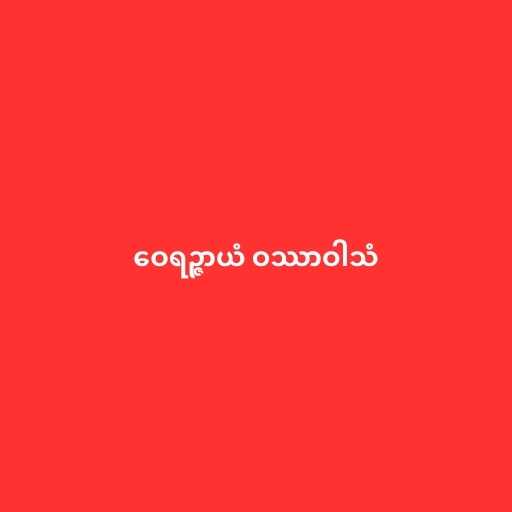
ဝေရဉ္ဇာယံ ဝဿာဝါသံ